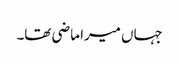
جہاں میرا ماضی تھا۔